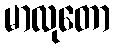
မာလုတော